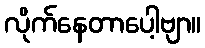
လိုက်နေတာပေါ့ဗျာ။